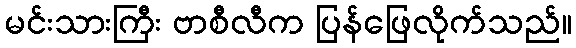
မင်းသားကြီး ဗာစီလီက ပြန်ဖြေလိုက်သည်။